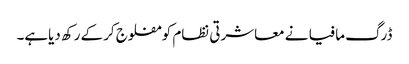
ڈرگ مافیا نے معاشرتی نظام کو مفلوج کرکے رکھ دیاہے۔